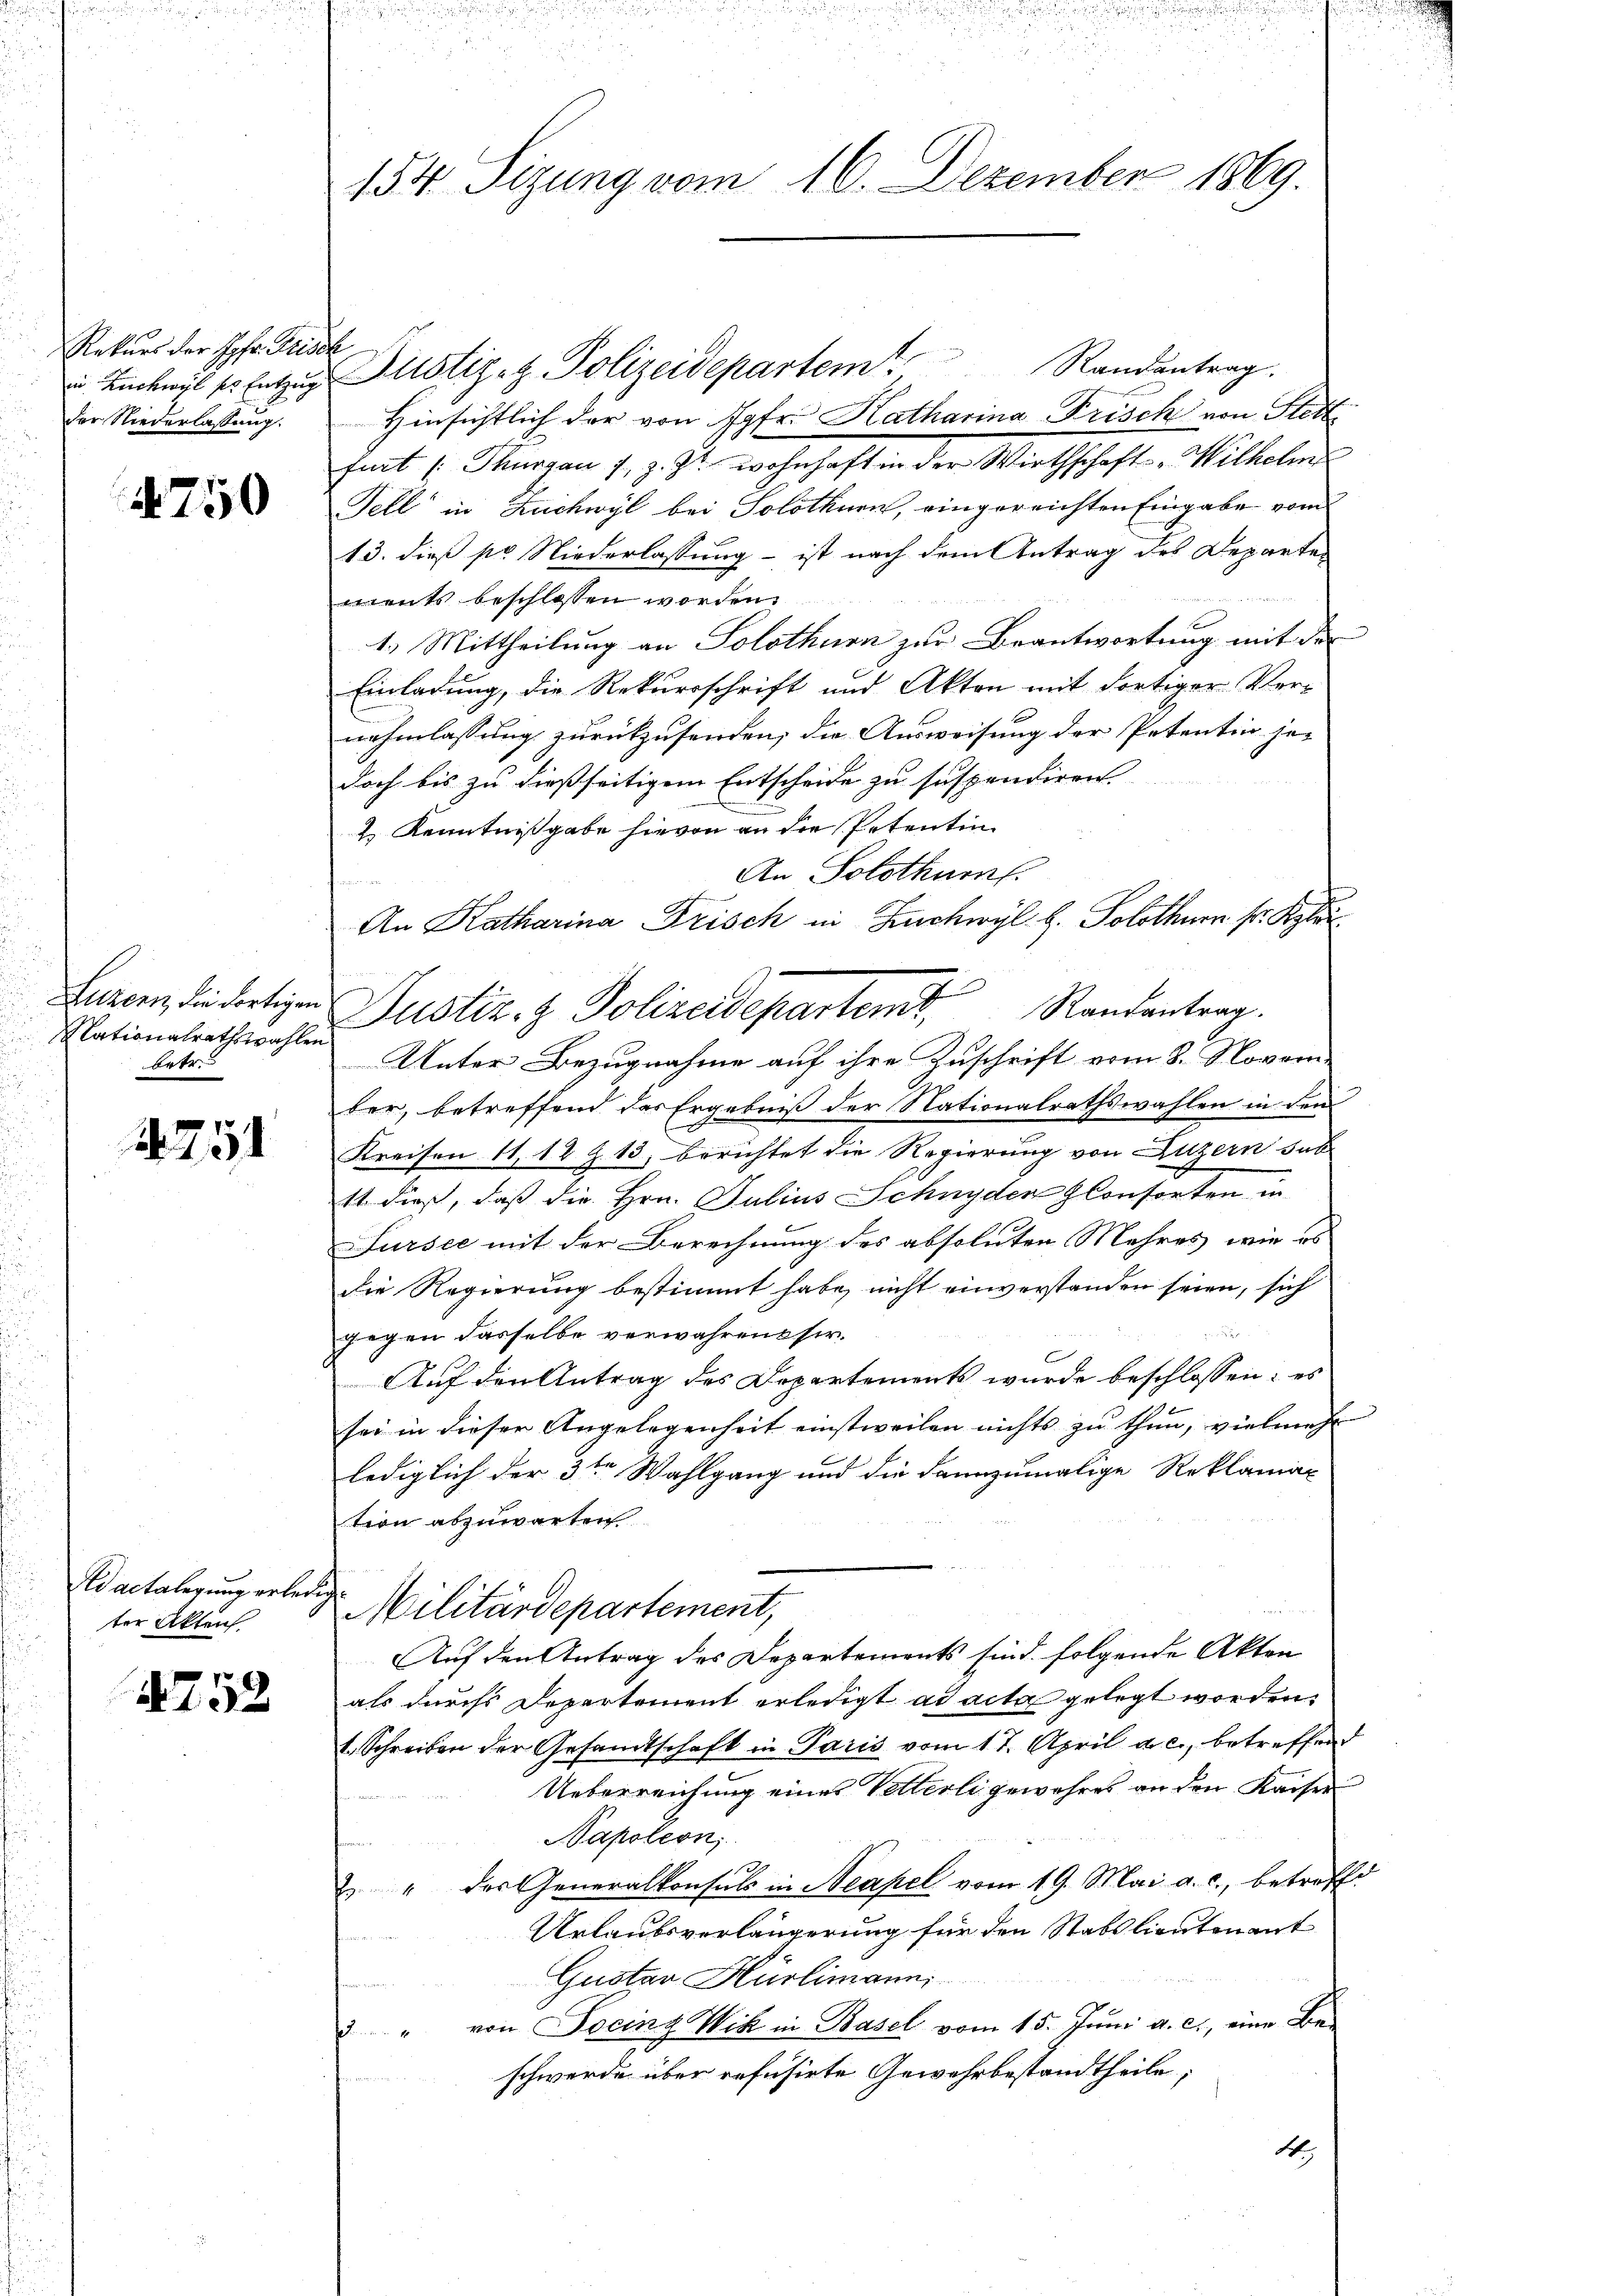
Rekurs der Hohe Frisch
der Niederlassung.

4750

Nationalrathswahlen
betr.

4751

Wactalegung erledig
ter Akten.

1752

154 Sizung vom 16. Dezember 1869.

Hinsichtlich der von Jgfr. Katharina Frisch von Stett
hart (Thurgau 1., z. Zt. wohnhaften der Wirthschaft "Wilhelm
Fell in Zuchwyl bei Solothurn, eingereichten Eingabe vom
13. dieß pr Niederlassung - ist nach dem Antrag des Departen
ents beschlossen worden.
1.) Mittheilung an Solothurn zur Beantwortung mit der
Einladung, die Rekursschrift und Akten mit dortiger Vernehmlassung zurückzusenden; die Ausweisung der Petentin je-
doch bis zu dießseitigem Entscheide zu suspendiren |
2 Kenntnißgabe hievon an die Petentin
An Solothurn.
10x
An Katharina Frisch in Zuchwyl b. Solothurn sr. Klei
Luzern, die dortigen Justiz- & Polizeidepartem Randantrag.
Unter Bezugnahme auf ihre Zuschrift vom 8. Novem
ber, betreffend das Ergebniß der Stationalrathswahlen in den
Kreisen 11, 12 Z. 13, berichtet die Regierung von Luzern sub
11 dieß, daß die Hrn. Julius Schnyder Conforten in
Sursee mit der Berechnung des absoluten Mehres, wie es
die Regierung bestimmt habe, nicht einverstanden seien, sich
gegen dasselbe verwahrens ser
Auf den Antrag des Departements wurde beschlossen: es
sei in dieser Angelegenheit einstweilen nichts zu thun, vielmehr |
lediglich der 3ten Wahlgang und die dannzumalige Reklamar
tion abzuwarten.
Militärdepartement,
Auf den Antrag des Departements sind folgende Akten
als durchs Departement erledigt ad acta gelegt worden.
t. Schreiben der Gesandtschaft in Paris vom 17. April a. c., betreffend
Ueberreichung eines Vetterli gewahres an den Kaiser
Napoleon,
" der Generalkonsuls in Neapel vom 19. Mai a. c., betreffe
Urlaubsverlängerung für den Stabslientenant
Gustav Hürlimanni
3 " von Socinz Wik in Basel vom 15. Jŭni a. c., eine Be-
schwerde über refusirte Gewehrbestandtheile;
4.

u. Buchwil er Entzug Mustiz- & Polizeidepartem Randantrag.

d